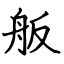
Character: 舨